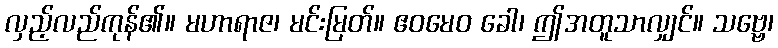
လှည့်လည်ကုန်၏။ မဟာရာဇ၊ မင်းမြတ်။ ဧဝမေဝ ခေါ၊ ဤအတူသာလျှင်။ သဗ္ဗေ၊